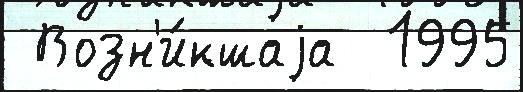
 Возн'и́кшаjа  1995